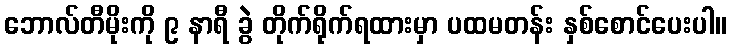
ဘောလ်တီမိုးကို ၉ နာရီ ခွဲ တိုက်ရိုက်ရထားမှာ ပထမတန်း နှစ်စောင်ပေးပါ။